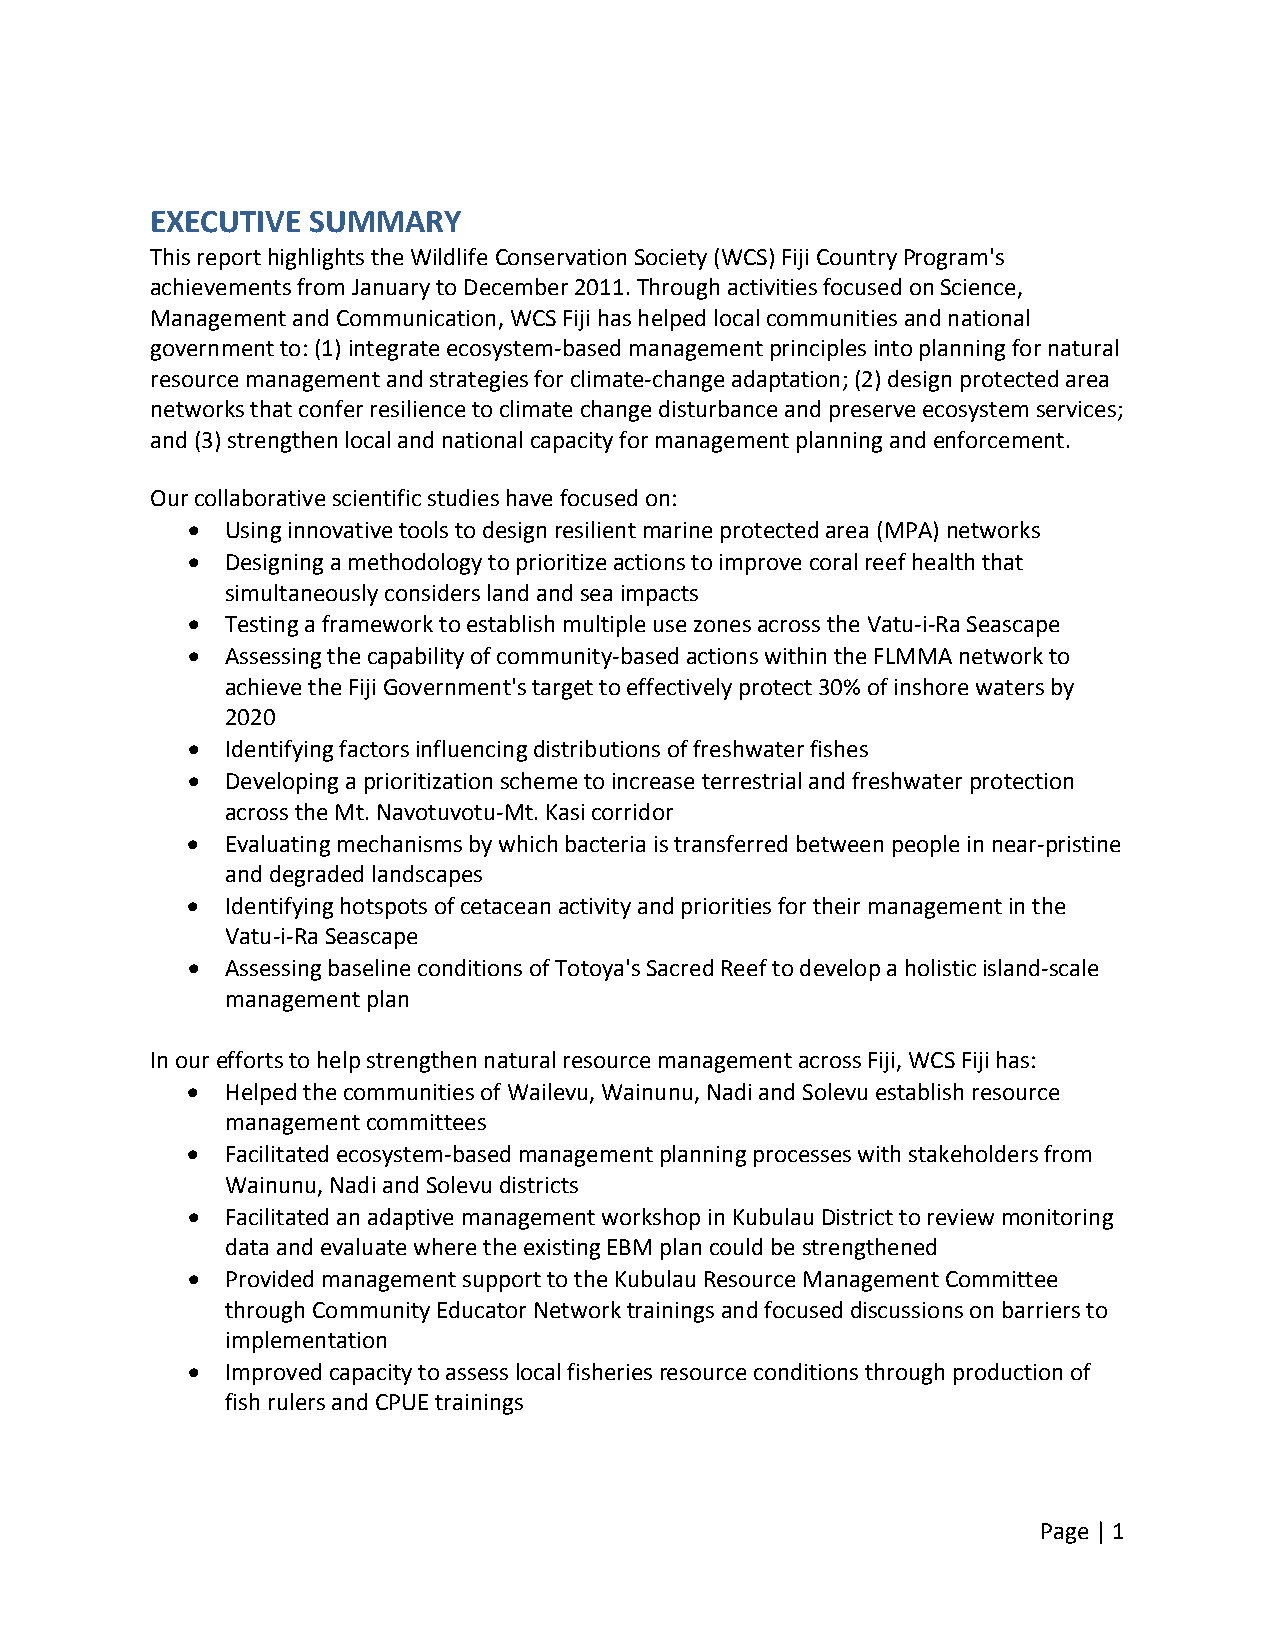
EXECUTIVE SUMMARY
 This report highlights the Wildlife Conservation Society (WCS) Fiji Country Program's
 achievements from January to December 2011. Through activities focused on Science,
 Management and Communication, WCS Fiji has helped local communities and national
 government to: (1) integrate ecosystem‐based management principles into planning for natural
 resource management and strategies for climate‐change adaptation; (2) design protected area
 networks that confer resilience to climate change disturbance and preserve ecosystem services;
 and (3) strengthen local and national capacity for management planning and enforcement.
 Our collaborative scientific studies have focused on:
   Using innovative tools to design resilient marine protected area (MPA) networks
   Designing a methodology to prioritize actions to improve coral reef health that
 simultaneously considers land and sea impacts
   Testing a framework to establish multiple use zones across the Vatu‐i‐Ra Seascape
   Assessing the capability of community‐based actions within the FLMMA network to
 achieve the Fiji Government's target to effectively protect 30% of inshore waters by
 2020
   Identifying factors influencing distributions of freshwater fishes
   Developing a prioritization scheme to increase terrestrial and freshwater protection
 across the Mt. Navotuvotu‐Mt. Kasi corridor
   Evaluating mechanisms by which bacteria is transferred between people in near‐pristine
 and degraded landscapes
   Identifying hotspots of cetacean activity and priorities for their management in the
 Vatu‐i‐Ra Seascape
   Assessing baseline conditions of Totoya's Sacred Reef to develop a holistic island‐scale
 management plan
 In our efforts to help strengthen natural resource management across Fiji, WCS Fiji has:
   Helped the communities of Wailevu, Wainunu, Nadi and Solevu establish resource
 management committees
   Facilitated ecosystem‐based management planning processes with stakeholders from
 Wainunu, Nadi and Solevu districts
   Facilitated an adaptive management workshop in Kubulau District to review monitoring
 data and evaluate where the existing EBM plan could be strengthened
   Provided management support to the Kubulau Resource Management Committee
 through Community Educator Network trainings and focused discussions on barriers to
 implementation
   Improved capacity to assess local fisheries resource conditions through production of
 fish rulers and CPUE trainings
 Page | 1